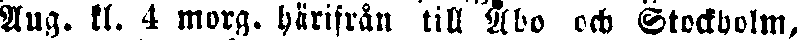
Aug. kl. 4 morg. härifrån till Åbo och Stockholm,